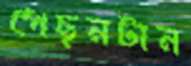
পেছনটান